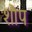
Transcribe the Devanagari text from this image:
शौप